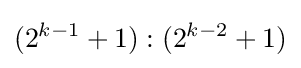
(2^{k-1}+1):(2^{k-2}+1)